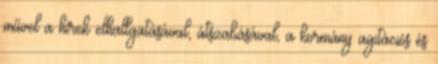
művel a hírek elhallgatásával, átszabásával, a kormány agitációs és